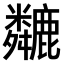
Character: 𫜏